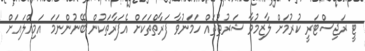
ޓީ ރަޖިސްޓަރީ ކުރުމަށް ލާޒިމުވާ ޝަރުޠުތައް ހަމަނުވާ ފަރާތްތަކަށް އެފަރާތަކުން ބޭނުންނަމަ އަމިއްލައަށް